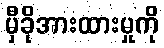
မှီခိုအားထားမှုကို